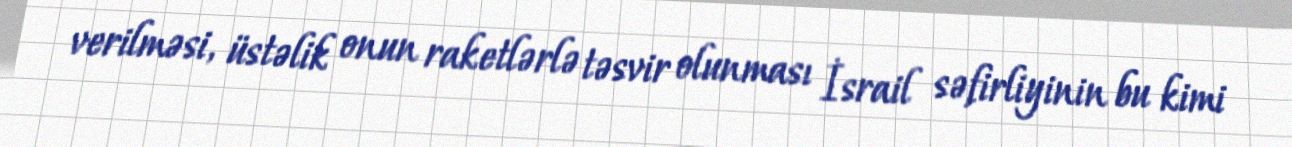
verilməsi, üstəlik onun raketlərlə təsvir olunması İsrail səfirliyinin bu kimi